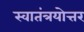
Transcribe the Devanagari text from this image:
स्वातंत्रयोत्तर